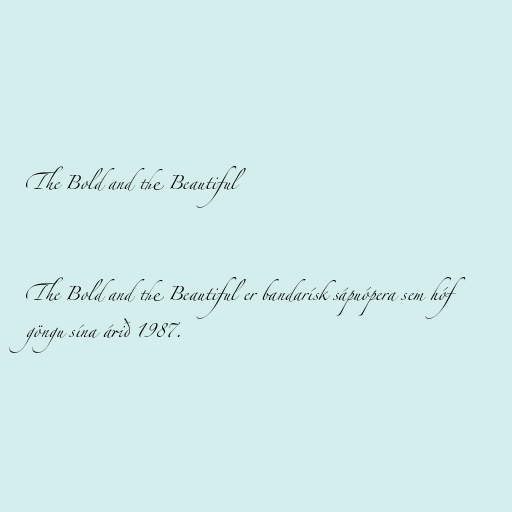
The Bold and the Beautiful

The Bold and the Beautiful er bandarísk sápuópera sem hóf
göngu sína árið 1987.